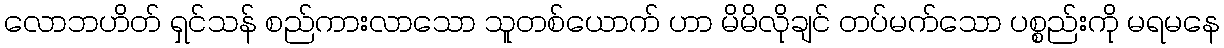
လောဘဟိတ် ရှင်သန် စည်ကားလာသော သူတစ်ယောက် ဟာ မိမိလိုချင် တပ်မက်သော ပစ္စည်းကို မရမနေ